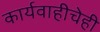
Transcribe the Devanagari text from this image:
कार्यवाहीचेही